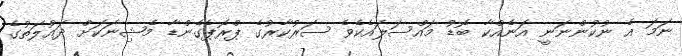
ނަމަ އެ ނުކުންނަނީ އަނެއްކާ ބޮޑު މައްސަލައެކެވެ ސަރުކާރުގެ ޕްރޮޕެގެންޑާ މެޝިނަކަށް ދައުލަތުގެ